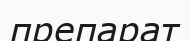
препарат